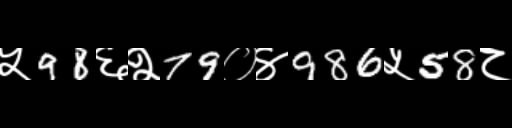
Text: ५98६२79०४986५58८